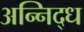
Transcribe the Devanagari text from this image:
अन्निद्ध